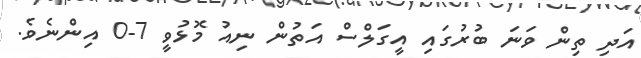
އަދި ތިން ވަނަ ބުރުގައި އީގަލްސް އަތުން ނިއު މޮޅުވީ 7-0 އިންނެވެ.